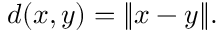
d ( x , y ) = \| x - y \| .